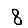
Digit: 8